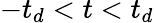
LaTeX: -t_{d}<t<t_{d}